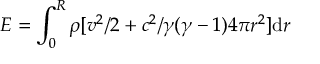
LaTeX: E = \int _ { 0 } ^ { R } \rho [ v ^ { 2 } / 2 + c ^ { 2 } / \gamma ( \gamma - 1 ) 4 \pi r ^ { 2 } ] \mathrm { d } r